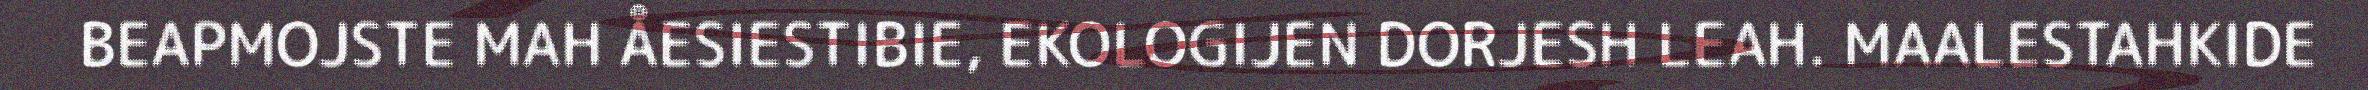
BEAPMOJSTE MAH ÅESIESTIBIE, EKOLOGIJEN DORJESH LEAH. MAALESTAHKIDE